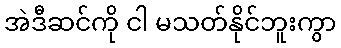
အဲဒီဆင်ကို ငါ မသတ်နိုင်ဘူးကွာ